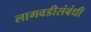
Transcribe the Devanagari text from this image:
लागवडीसंबंधी